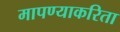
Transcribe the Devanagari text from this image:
मापण्याकरिता